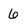
Character: 6